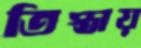
তিস্তায়